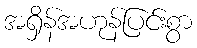
အရှိန်အဟုန်ပြင်းစွာ